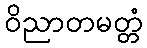
ဝိညာတမတ္တံ